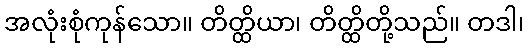
အလုံးစုံကုန်သော။ တိတ္ထိယာ၊ တိတ္ထိတို့သည်။ တဒါ၊